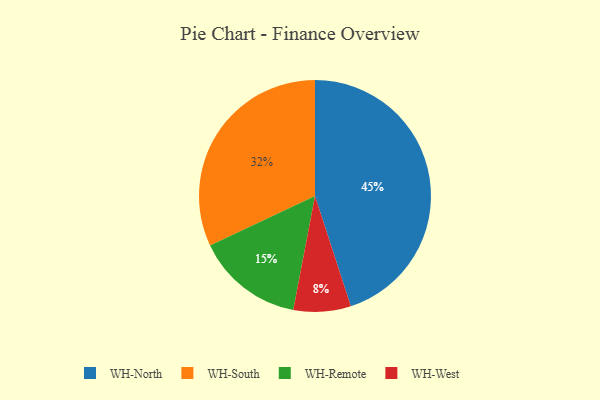
{"axis": {"x": "Category", "y": "Percentage"}, "legend": ["WH-North", "WH-Remote", "WH-South", "WH-West"], "data": [{"x": "WH-West", "y": 8, "type": "WH-West"}, {"x": "WH-South", "y": 32, "type": "WH-South"}, {"x": "WH-North", "y": 45, "type": "WH-North"}, {"x": "WH-Remote", "y": 15, "type": "WH-Remote"}]}